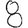
Digit: 8